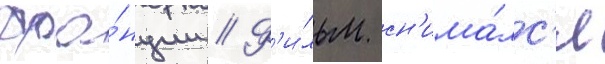
фра́нции // Ф'и́льм сн'има́лс'я